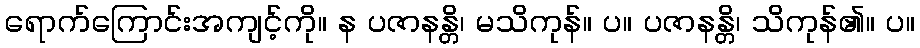
ရောက်ကြောင်းအကျင့်ကို။ န ပဇာနန္တိ၊ မသိကုန်။ ပ။ ပဇာနန္တိ၊ သိကုန်၏။ ပ။